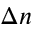
\Delta n